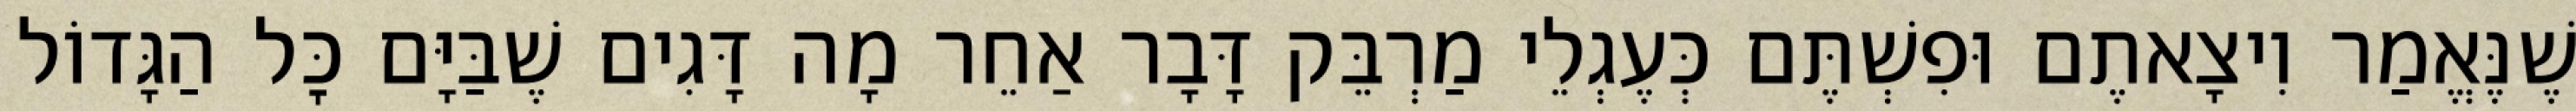
שֶׁנֶּאֱמַר וִיצָאתֶם וּפִשְׁתֶּם כְּעֶגְלֵי מַרְבֵּק דָּבָר אַחֵר מָה דָּגִים שֶׁבַּיָּם כׇּל הַגָּדוֹל